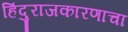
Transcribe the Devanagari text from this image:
हिंदुराजकारणाचा